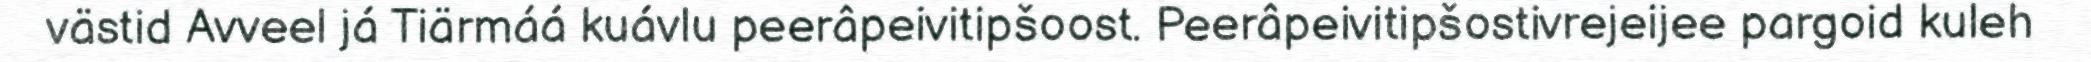
västid Avveel já Tiärmáá kuávlu peerâpeivitipšoost. Peerâpeivitipšostivrejeijee pargoid kuleh